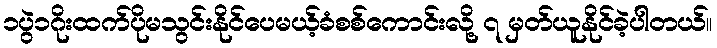
၁ပွဲ၁ဂိုးထက်ပိုမသွင်းနိုင်ပေမယ့်ခံစစ်ကောင်းလို့ ၇ မှတ်ယူနိုင်ခဲ့ပါတယ်။